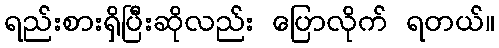
ရည်းစားရှိပြီးဆိုလည်း ပြောလိုက် ရတယ်။